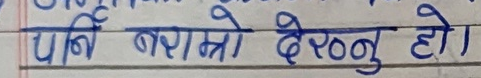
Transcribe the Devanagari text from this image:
पनि बराम्रो देख्नु हो।